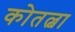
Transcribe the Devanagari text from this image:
कोतल्बा